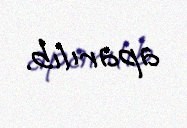
aparılıb.